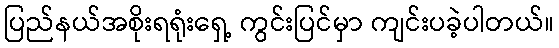
ပြည်နယ်အစိုးရရုံးရှေ့ ကွင်းပြင်မှာ ကျင်းပခဲ့ပါတယ်။